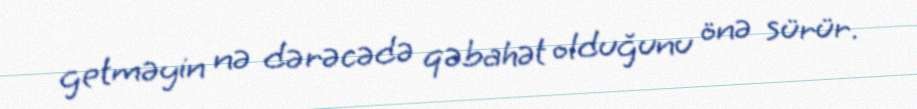
getməyin nə dərəcədə qəbahət olduğunu önə sürür.